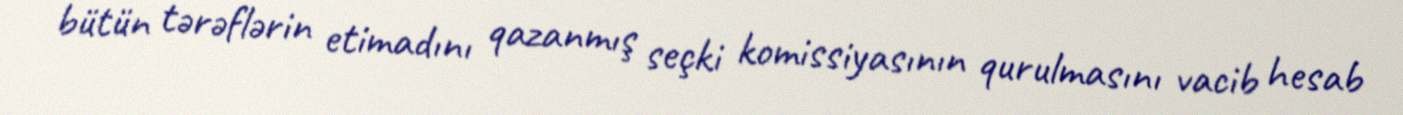
bütün tərəflərin etimadını qazanmış seçki komissiyasının qurulmasını vacib hesab